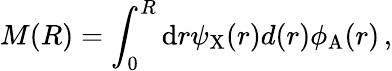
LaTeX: M(R)=\int_{0}^{R}\mathrm{d}r\psi_{\mathrm{X}}(r)d(r)\phi_{\mathrm{A}}(r)\, ,